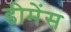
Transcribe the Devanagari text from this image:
डीमेंस